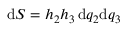
\mathrm { d } S = h _ { 2 } h _ { 3 } \, \mathrm { d } q _ { 2 } \mathrm { d } q _ { 3 }